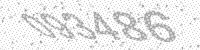
Solution: 093486